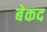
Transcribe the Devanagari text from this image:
बेकद